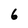
Character: 6